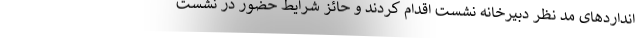
انداردهای مد نظر دبیرخانه­ نشست اقدام کردند و حائز شرایط حضور در نشست